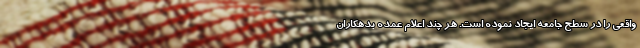
واقعی را در سطح جامعه ایجاد نموده است. هر چند اعلام عمده بدهکاران